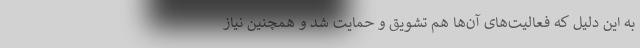
به این دلیل که فعالیت‌های آن‌ها هم تشویق و حمایت شد و همچنین نیاز